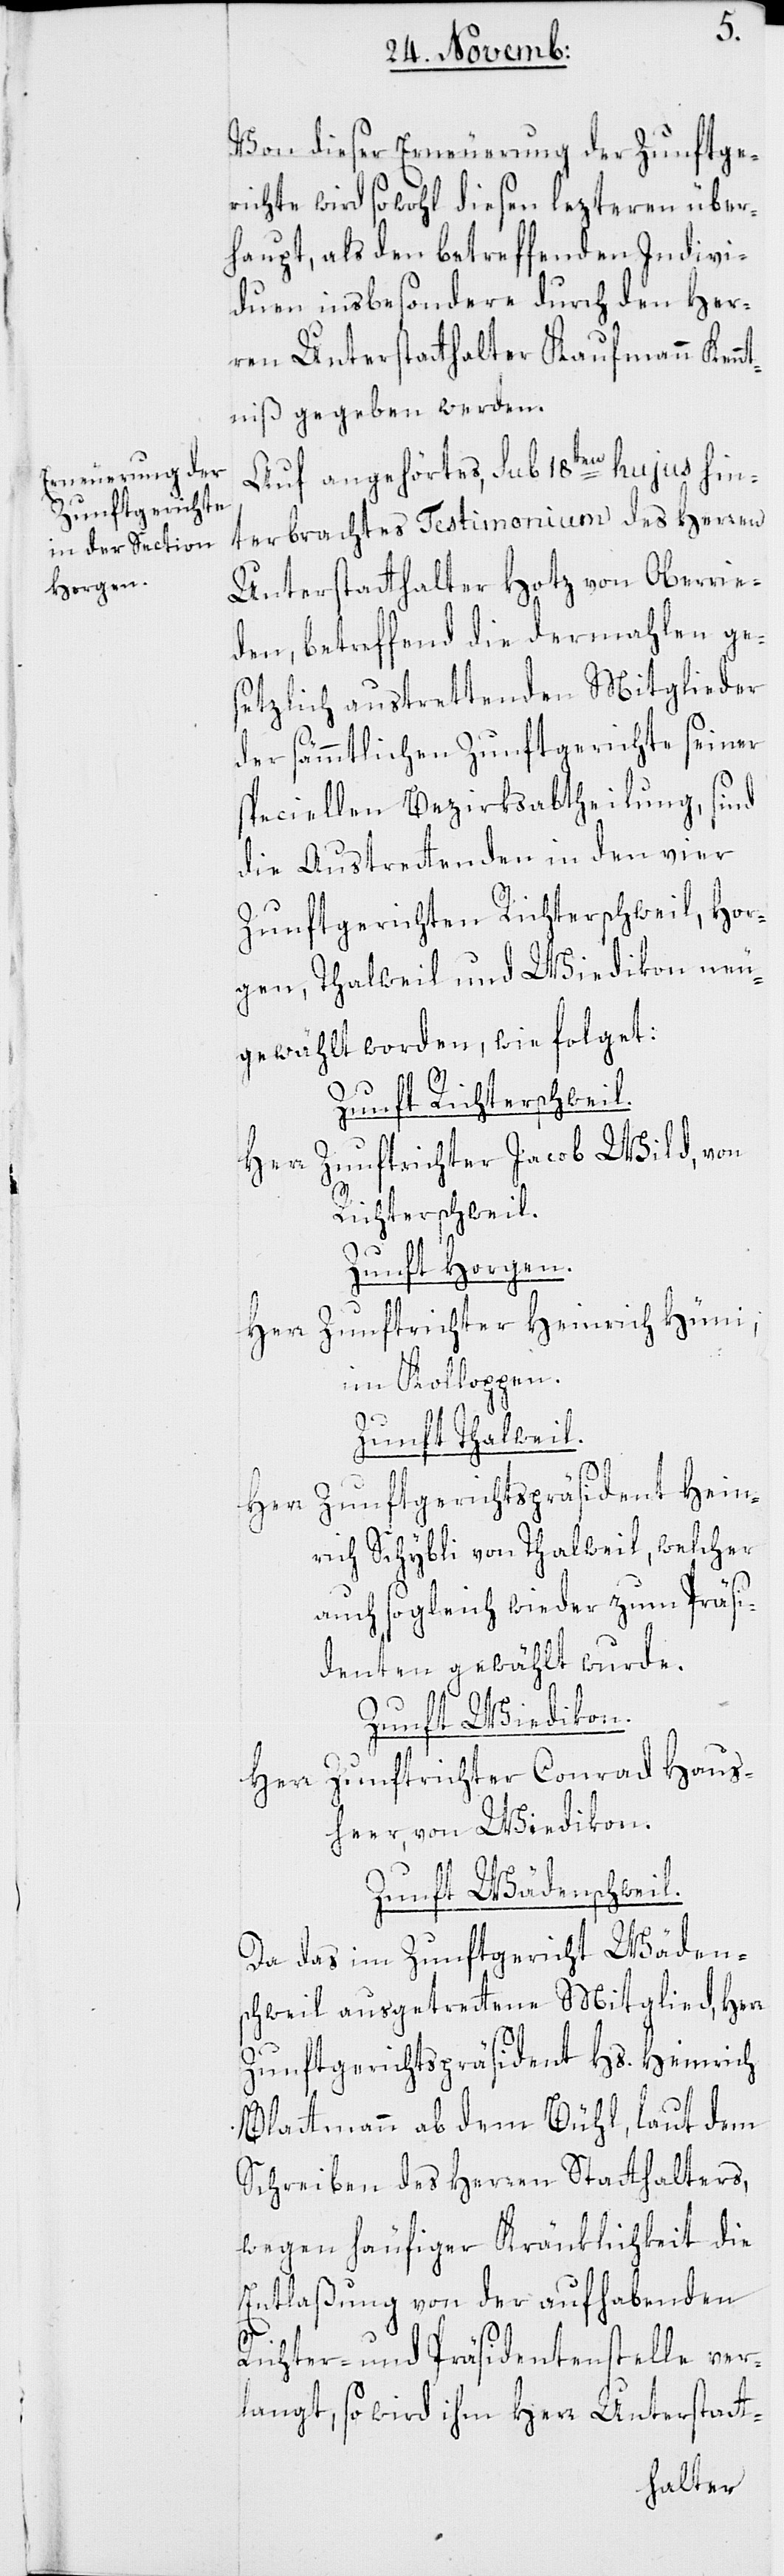
Von dieser Erneuerung der Zunftge¬
richte wird sowohl diesen lezteren über¬
haupt, als den betreffenden Indivi¬
duen insbesondere durch den Her¬
ren Unterstatthalter Kaufmann Kennt¬
niß gegeben werden.
Auf angehörtes, sub 18ten hujus hin¬
terbrachtes Testimonium des Herren
Unterstatthalter Hotz von Oberrie¬
den, betreffend die dermahlen ge¬
setzlich austrettenden Mitglieder
der sämmtlichen Zunftgerichte seiner
speciellen Bezirksabtheilung, sind
die Austretenden in den vier
Zunftgerichten Richterschweil, Hor¬
gen, Thalweil und Wiedikon neu¬
gewählt worden, wie folget:
Zunft Richterschweil.
Herr Zunftrichter Jacob Wild, von
Richterschweil.
Zunft Horgen.
Herr Zunftrichter Heinrich Hüni
im Kolloppen.
Zunft Thalwil.
Herr Zunftgerichtspräsident Hein¬
rich Schybli von Thalweil, welcher
auch sogleich wieder zum Präsi¬
denten gewählt wurde.
Zunft Wiedikon.
Zunftrichter Conrad Haus¬
Herr
heer, von Wiedikon.
Zunft Wädenschweil.
Da das im Zunftgericht Wädens¬
chweil ausgetrettene Mitglied, Herr
Zunftgerichtspräsident Hs. Heinrich
Blattmann ab dem Bühl, laut dem
Schreiben des Herren Statthalters,
wegen häufiger Kränklichkeit die
Entlaßung von der aufhabenden
Richter- und Präsidentenstelle ver¬
langt, so wird ihm Herr Unterstatt-